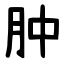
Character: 肿